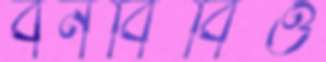
বনবিবিও